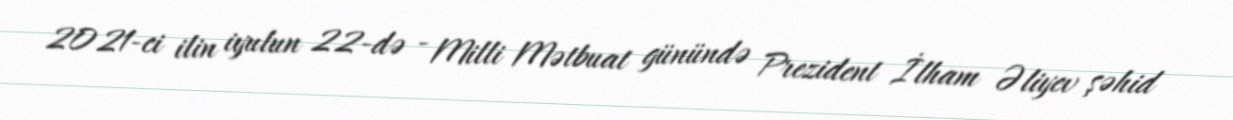
2021-ci ilin iyulun 22-də - Milli Mətbuat günündə Prezident İlham Əliyev şəhid